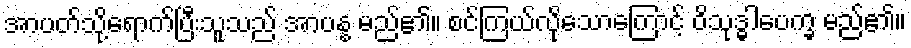
အာပတ်သို့ရောက်ပြီးသူသည် အာပန္န မည်၏။ စင်ကြယ်လိုသောကြောင့် ဝိသုဒ္ဓါပေက္ခ မည်၏။